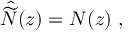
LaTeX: \hat { \widetilde { \cal N } } ( z ) = { \cal N } ( z ) \ ,